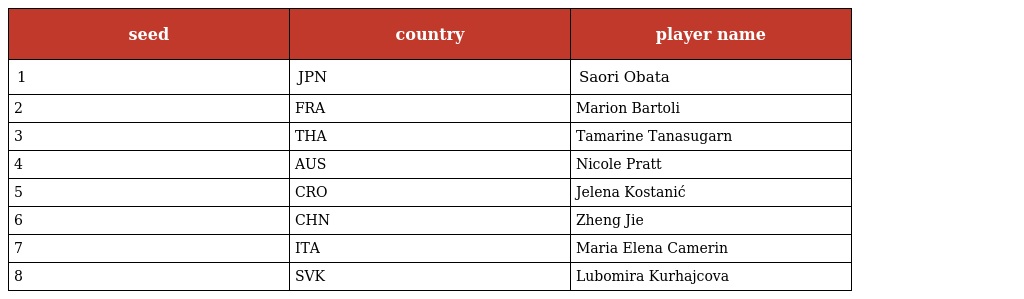
| seed | country | player name |
 | --- | --- | --- |
 | 1 | JPN | Saori Obata |
 | 2 | FRA | Marion Bartoli |
 | 3 | THA | Tamarine Tanasugarn |
 | 4 | AUS | Nicole Pratt |
 | 5 | CRO | Jelena Kostanić |
 | 6 | CHN | Zheng Jie |
 | 7 | ITA | Maria Elena Camerin |
 | 8 | SVK | Lubomira Kurhajcova |